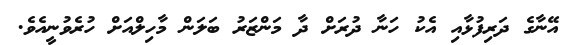
އޭނާގެ ދަރިފުޅާއި އެކު ހަނާ ދުރަށް ދާ މަންޒަރު ބަލަން މާހިލްއަށް ހުރެވުނީއެވެ.